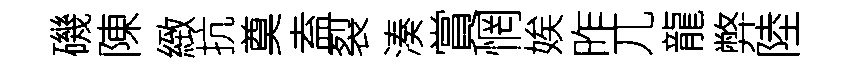
磯陳緻抗奠盍裂湊賞惘娭昨兀龍弊陸